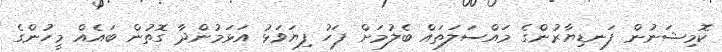
ކޮމިޝަނުން ފަނޑިޔާރުންގެ މައްސަލަތައް ބެލުމަށް ފަހު ފިޔަވަޅު އަޅަމުންދާ ގޮތުން ބައެއް މީހުންގެ